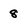
Character: 8